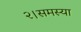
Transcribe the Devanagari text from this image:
२।समस्या